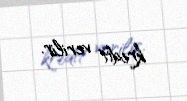
kredit verilir.